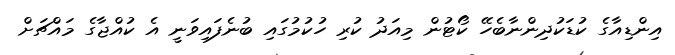
އިންޑިއާގެ ކުޑަކުދިންނާބެހޭ ކޯޓުން މިއަދު ކުރި ހުކުމުގައި ބުނެފައިވަނީ އެ ކުއްޖާގެ މައްޗަށް